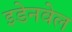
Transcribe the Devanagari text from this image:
इडेनवेल